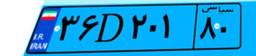
۳۶D۲۰۱۸۰